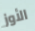
الأوز